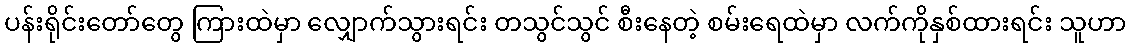
ပန်းရိုင်းတော်တွေ ကြားထဲမှာ လျှောက်သွားရင်း တသွင်သွင် စီးနေတဲ့ စမ်းရေထဲမှာ လက်ကိုနှစ်ထားရင်း သူဟာ